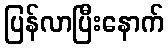
ပြန်လာပြီးနောက်